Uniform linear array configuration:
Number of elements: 24
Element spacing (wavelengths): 1
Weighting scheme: blackman
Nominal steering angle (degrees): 30
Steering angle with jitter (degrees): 30.98
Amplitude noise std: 0.05
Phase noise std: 0.05

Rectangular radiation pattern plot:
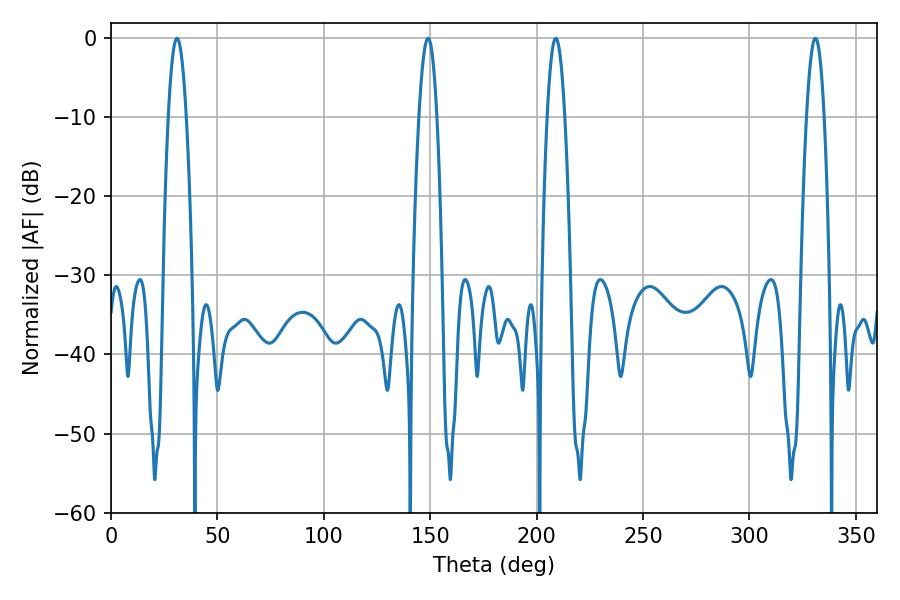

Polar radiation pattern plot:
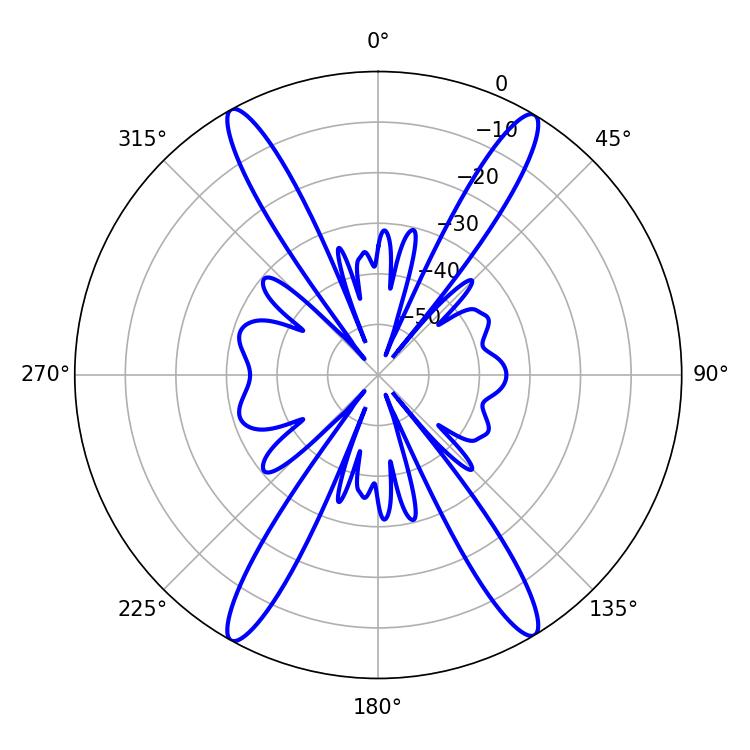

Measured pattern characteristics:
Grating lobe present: TRUE
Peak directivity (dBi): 24.682
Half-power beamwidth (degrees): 4.5
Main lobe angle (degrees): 208.98